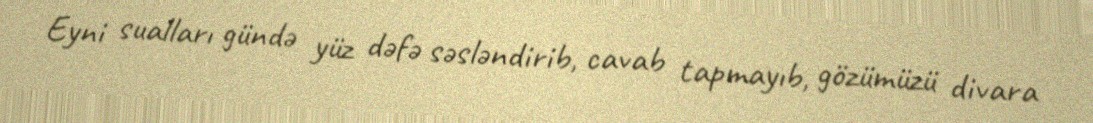
Eyni sualları gündə yüz dəfə səsləndirib, cavab tapmayıb, gözümüzü divara